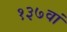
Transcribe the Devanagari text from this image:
१३७वां